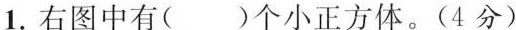
1.右图中有( )个小正方体。(4分)